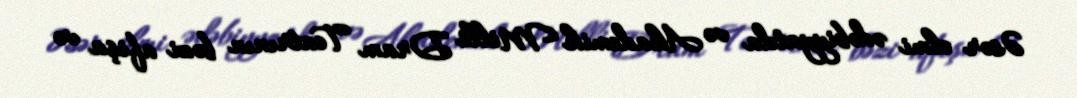
Əsər elmi ədəbiyyatda və Akademik Milli Dram Teatrının bəzi afişa və